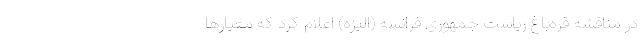
در مناقشه قره‌باغ ریاست جمهوری فرانسه (الیزه) اعلام کرد که معیارها